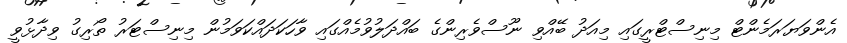
އެންވަޔަރަމެންޓް މިނިސްޓްރީގައި މިއަދު ބޭއްވި ނޫސްވެރިންގެ ބައްދަލުވުމެއްގައި ވާހަކަދައްކަވަމުން މިނިސްޓަރު ތޯރިގު ވިދާޅުވީ